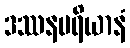
ဒဿနမရိယာနံ